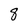
Character: 8